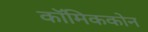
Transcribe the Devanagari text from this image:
कॉमिककोन